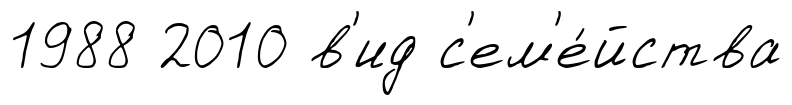
1988 2010 в'ид с'ем'е́йства